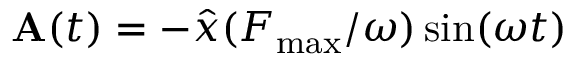
{ \bf A } ( t ) = - \hat { x } ( F _ { \mathrm { m a x } } / \omega ) \sin ( \omega t )